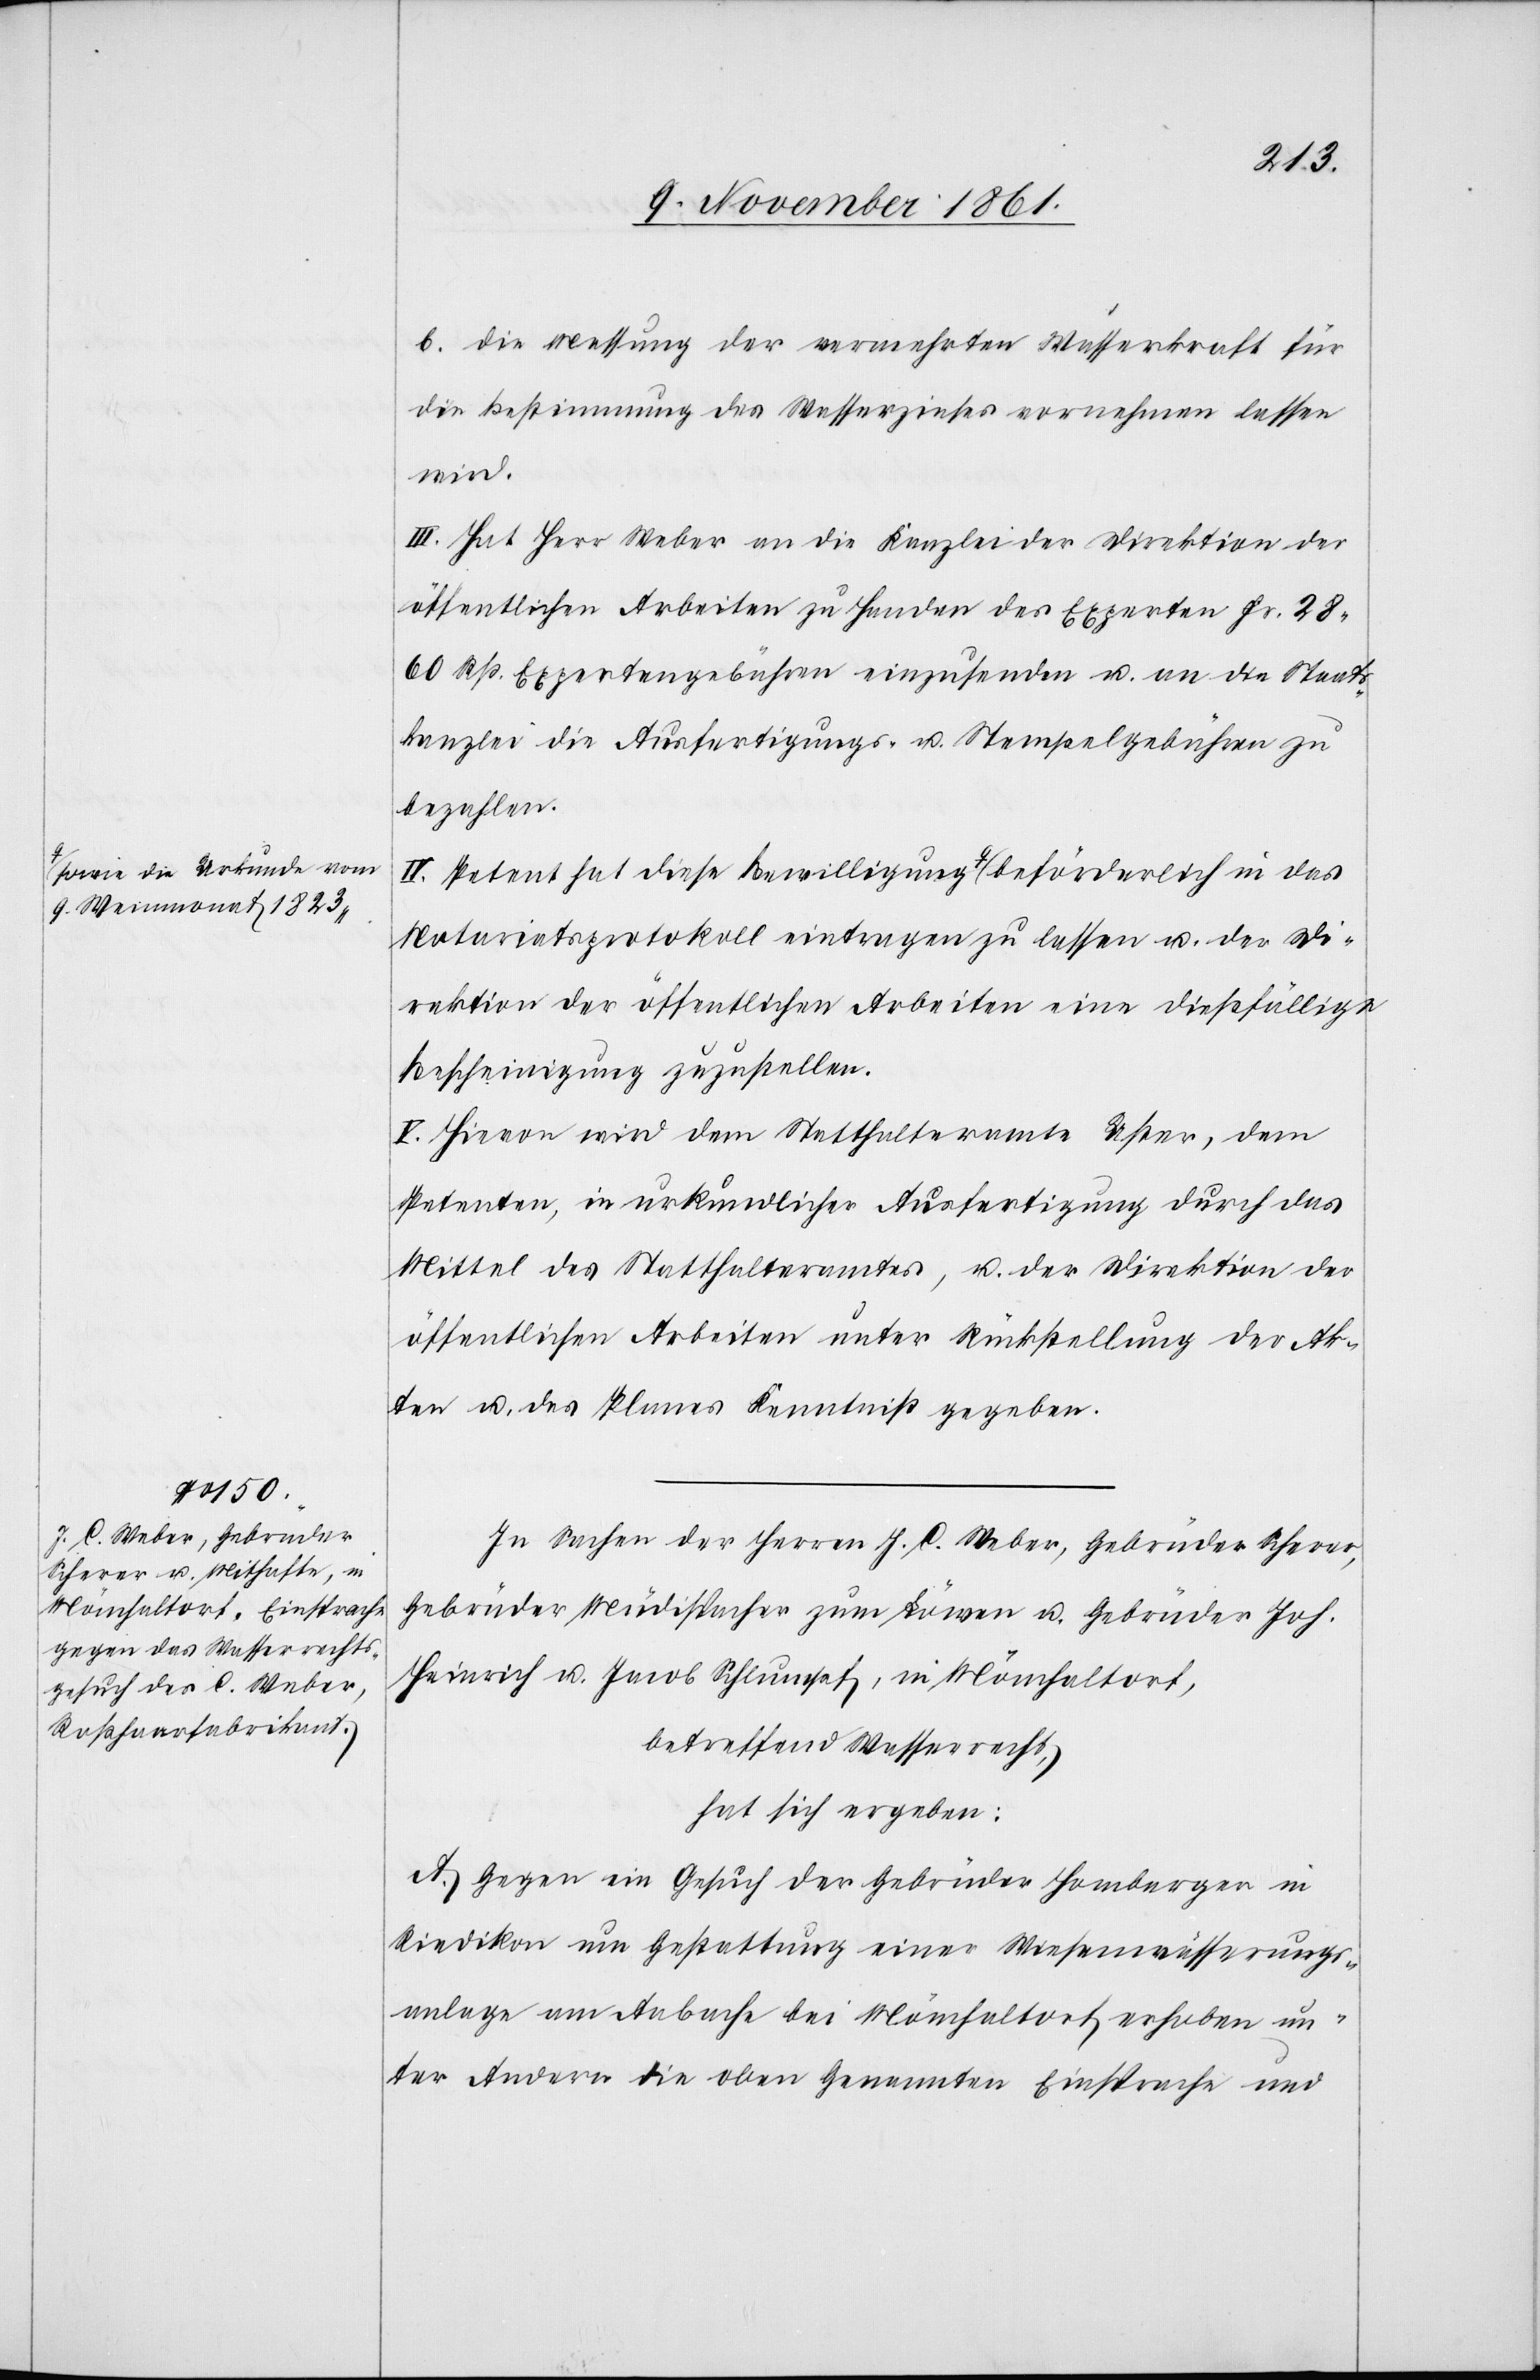
9 Weinmonat 1823-a

b. die Messung der vermehrten Wasserkraft für
die Bestimmung des Wasserzinses vornehmen lassen
in
III. Hat Herr Weber an die Kanzlei der Direktion der
öffentlichen Arbeiten zu Handen des Experten Fr. 28.
60 Rp. Expertengebühren einzusenden u. an die Staats¬
kanzlei die Ausfertigungs- u. Stempelgebühren zu
bezahlen.
IV. Petent hat diese Bewilligung a-sowie die Urkunde
Notariatsprotokoll eintragen zu lassen u. der Di¬
rektion der öffentlichen Arbeiten eine dießfällige
Bescheinigung zuzustellen.
V. Hievon wird dem Statthalteramte Uster, dem
Petenten, in urkundlicher Ausfertigung durch das
Mittel des Statthalteramtes, u. der Direktion der
öffentlichen Arbeiten unter Rückstellung der Ak¬
ten u. des Planes Kenntniß gegeben.
In Sachen der Herrn J. C. Weber, Gebrüder Scherer,
Gebrüder Müdispacher zum Löwen u. Gebrüder Joh.
Heinrich u. Jacob Schlumpf, in Mönchaltorf,
betreffend Wasserrecht,
hat sich ergeben:
A. Gegen ein Gesuch der Gebrüder Homberger in
Riedikon um Gestattung einer Wiesenwässerungs¬
anlage am Aabache bei Mönchaltorf erhoben un¬
ter Andern die oben Genannten Einsprache und